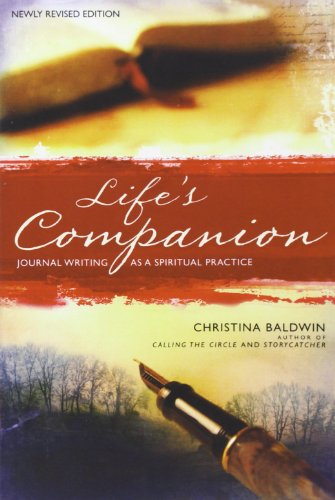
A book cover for Life's Companion: Journal Writing as a Spiritual Quest; Christina Baldwin; Reference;